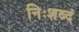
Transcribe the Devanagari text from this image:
निःशब्दं